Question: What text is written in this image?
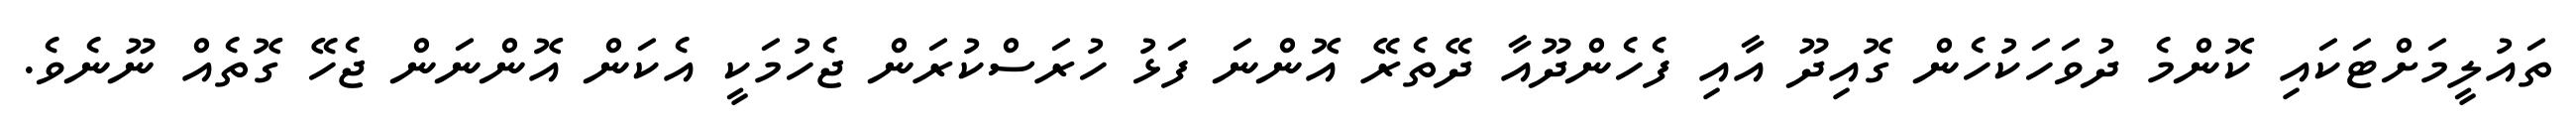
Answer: ތައުލީމަށްޓަކައި ކޮންމެ ދުވަހަކުހެން ގޮއިދޫ އާއި ފެހެންދޫއާ ދޭތެރޭ އޮންނަ ފަޅު ހުރަސްކުރަން ޖެހުމަކީ އެކަން އޮންނަން ޖެހޭ ގޮތެއް ނޫނެވެ.